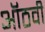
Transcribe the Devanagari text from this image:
ऑठवी